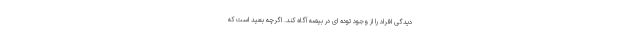
دیدگی افراد را از وجود توده ای در بیضه آگاه کند. اگرچه بعید است که